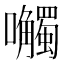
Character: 𫬼